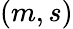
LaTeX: (m,s)